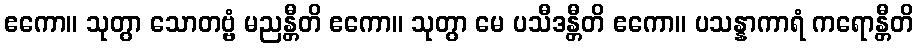
ဧကော။ သုတွာ သောတဗ္ဗံ မညန္တီတိ ဧကော။ သုတွာ မေ ပသီဒန္တီတိ ဧကော။ ပသန္နာကာရံ ကရောန္တီတိ